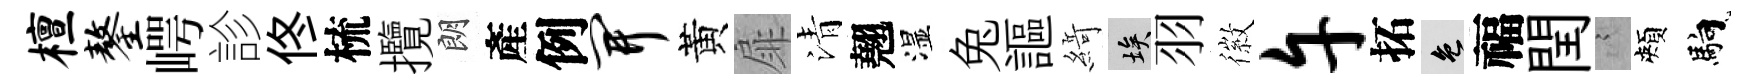
檀鏊崿診佟梳攬朗產例开黃扉清翹湿兔謳𦂶埃羽徽午拓色福閏謭頰馿